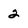
Character: 2